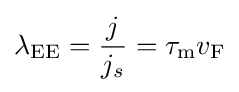
\lambda _{\rm {EE}}={\frac {j}{j_{s}}}=\tau _{\rm {m}}v_{\rm {F}}